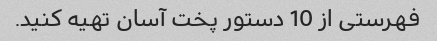
فهرستی از 10 دستور پخت آسان تهیه کنید.